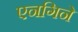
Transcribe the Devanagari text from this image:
एनगिने